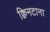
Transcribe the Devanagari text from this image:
क्विनटाना